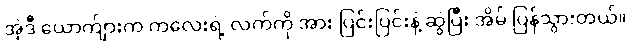
အဲ့ဒီ ယောက်ျားက ကလေးရဲ့ လက်ကို အား ပြင်းပြင်းနဲ့ ဆွဲပြီး အိမ် ပြန်သွားတယ်။